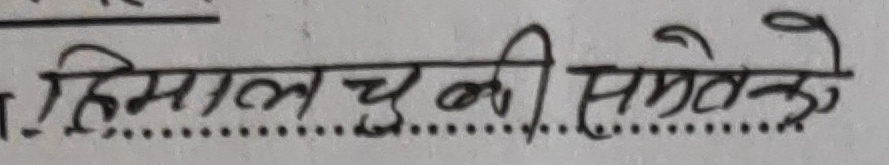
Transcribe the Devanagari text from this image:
हिमाल चुली की समतेले